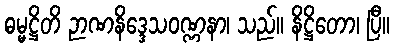
ဓမ္မဋ္ဌိတိ ဉာဏနိဒ္ဒေသဝဏ္ဏနာ၊ သည်။ နိဋ္ဌိတော၊ ပြီ။